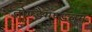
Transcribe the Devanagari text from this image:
तोण्डैमण्डलम